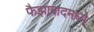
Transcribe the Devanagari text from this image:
फैझाबादमध्ये